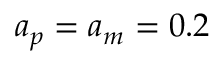
a _ { p } = a _ { m } = 0 . 2